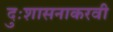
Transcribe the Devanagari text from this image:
दुःशासनाकरवी